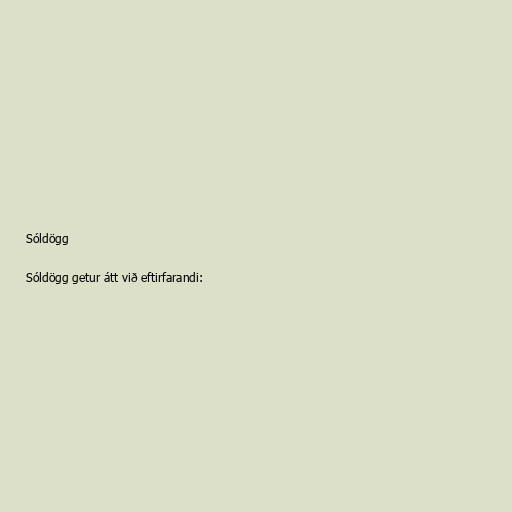
Sóldögg

Sóldögg getur átt við eftirfarandi: